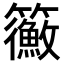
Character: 𥷲